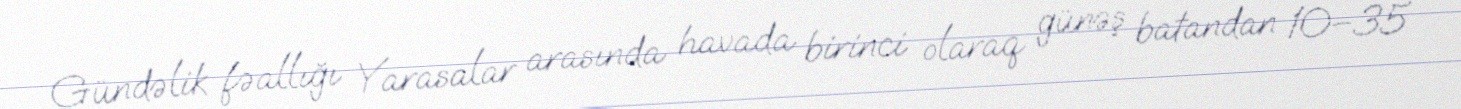
Gündəlik fəallığı Yarasalar arasında havada birinci olaraq günəş batandan 10–35